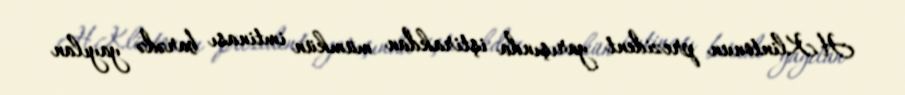
H.Klintonun prezident yarışında iştirakdan mümkün imtinası barədə yayılan